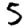
Digit: 5